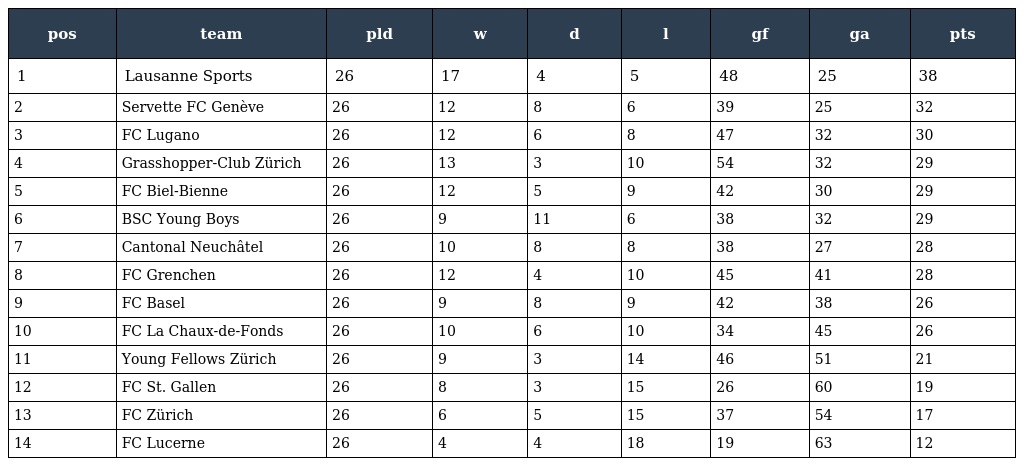
| pos | team | pld | w | d | l | gf | ga | pts |
 | --- | --- | --- | --- | --- | --- | --- | --- | --- |
 | 1 | Lausanne Sports | 26 | 17 | 4 | 5 | 48 | 25 | 38 |
 | 2 | Servette FC Genève | 26 | 12 | 8 | 6 | 39 | 25 | 32 |
 | 3 | FC Lugano | 26 | 12 | 6 | 8 | 47 | 32 | 30 |
 | 4 | Grasshopper-Club Zürich | 26 | 13 | 3 | 10 | 54 | 32 | 29 |
 | 5 | FC Biel-Bienne | 26 | 12 | 5 | 9 | 42 | 30 | 29 |
 | 6 | BSC Young Boys | 26 | 9 | 11 | 6 | 38 | 32 | 29 |
 | 7 | Cantonal Neuchâtel | 26 | 10 | 8 | 8 | 38 | 27 | 28 |
 | 8 | FC Grenchen | 26 | 12 | 4 | 10 | 45 | 41 | 28 |
 | 9 | FC Basel | 26 | 9 | 8 | 9 | 42 | 38 | 26 |
 | 10 | FC La Chaux-de-Fonds | 26 | 10 | 6 | 10 | 34 | 45 | 26 |
 | 11 | Young Fellows Zürich | 26 | 9 | 3 | 14 | 46 | 51 | 21 |
 | 12 | FC St. Gallen | 26 | 8 | 3 | 15 | 26 | 60 | 19 |
 | 13 | FC Zürich | 26 | 6 | 5 | 15 | 37 | 54 | 17 |
 | 14 | FC Lucerne | 26 | 4 | 4 | 18 | 19 | 63 | 12 |